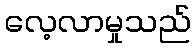
လေ့လာမှုသည်